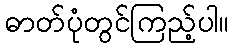
ဓာတ်ပုံတွင်ကြည့်ပါ။